Annual statistical returns and brief notes on vaccination in Bengal - 1887-1898
Year: 1887
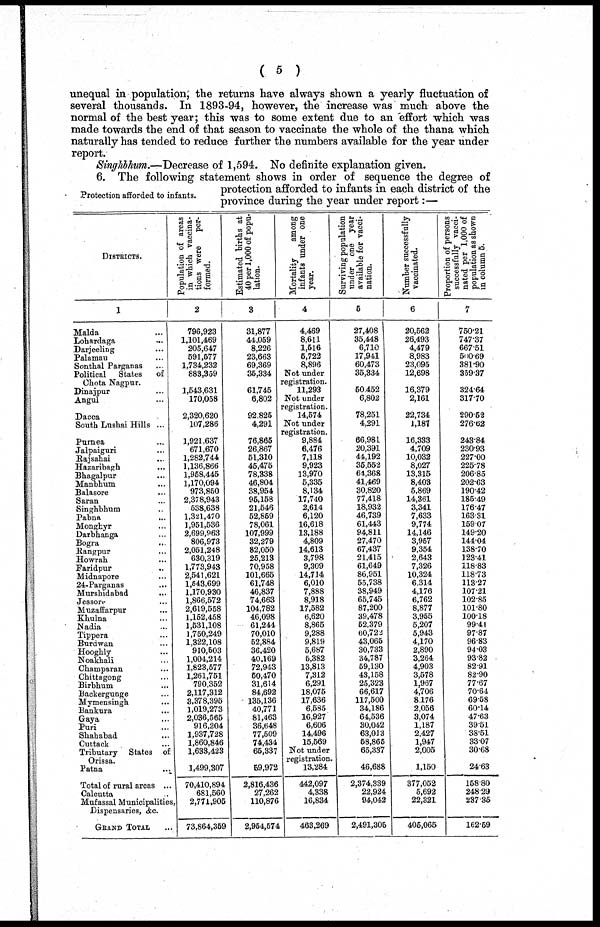
( 5 )
unequal in population, the returns have always shown a yearly fluctuation of
several thousands. In 1893-94, however, the increase was much above the
normal of the best year; this was to some extent due to an effort which was
made towards the end of that season to vaccinate the whole of the thana which
naturally has tended to reduce further the numbers available for the year under
report.
Singhbhum.—Decrease of 1,594. No definite explanation given.
Protection afforded to infants.
6. The following statement shows in order of sequence the degree of
protection afforded to infants in each district of the
province during the year under report:—
DISTRICTS.
1
Malda ...
Lohardaga ...
Darjeeling ...
Palamau ...
Sonthal Parganas ...
Political States
of
Chota Nagpur.
Dinajpur ...
Angul ...
Dacca ...
South Lushai Hills ...
Purnea ...
Jalpaiguri ...
Rajsahai ...
Hazaribagh ...
Bhagalpur ...
Manbhum ...
Balasore ...
Saran ...
Singhbhum ...
Pabna ...
Monghyr ...
Darbhanga ...
Bogra ...
Rangpur ...
Howrah
...
Faridpur ...
Midnapore ...
24-Parganas ...
Murshidabad ...
Jessore ...
Muzaffarpur ...
Khulna ...
Nadia ...
Tippera ...
Burdwan ...
Hooghly ...
Noakhali ...
Champaran ...
Chittagong ...
Birbhum ...
Backergunge ...
Mymensingh ...
Bankura ...
Gaya ...
Puri ...
Shahabad ...
Cuttack ...
Tributary States of
Orissa.
Patna
...
Total of rural areas ...
Calcutta ...
Mufassal Municipalities,
Dispensaries, &c.
GRAND TOTAL ...
Population of areas
in which vaccina-
tions were
per-
formed.
2
796,923
1,101,469
205,647
591,577
1,734,232
883,359
1,543,631
170,058
2,320,620
107,286
1,921,637
671,670
1,282,744
1,136,866
1,958,445
1,170,094
973,850
2,378,943
538,638
1,321,470
1,951,536
2,699,963
806,973
2,051,248
630,319
1,773,943
2,541,621
1,543,699
1,170,930
1,866,572
2,619,558
1,152,458
1,531,108
1,750,249
1,322,108
910,503
1,004,214
1,823,577
1,261,751
790,352
2,117,312
3,378,395
1,019,273
2,036,565
916,204
1,937,728
1,860,846
1,633,423
1,499,307
70,410,894
681,560
2,771,905
73,864,359
Estimated births at
40 per 1,000 of popu-
lation.
3
31,877
44,059
8,226
23,663
69,369
35,334
61,745
6,802
92,825
4,291
76,865
26,867
51,310
45,475
78,338
46,804
38,954
95,158
21,546
52,859
78,061
107,999
32,279
82,050
25,213
70,958
101,665
61,748
46,837
74,663
104,782
46,098
61,244
70,010
52,884
36,420
40,169
72,943
50,470
31,614
84,692
135,136
40,771
81,463
36,648
77,509
74,434
65,337
59,972
2,816,436
27,262
110,876
2,954,574
Mortality
among
infants under one
year.
4
4,469
8,611
1,516
5,722
8,896
Not under
registration.
11,293
Not under
registration.
14,574
Not under
registration.
9,884
6,476
7,118
9,923
13,970
5,335
8,134
17,740
2,614
6,120
16,618
13,188
4,809
14,613
3,798
9,309
14,714
6,010
7,888
8,918
17,582
6,620
8,865
9,288
9,819
5,687
5,382
13,813
7,312
6,291
18,075
17,636
6,585
16,927
6,606
14,496
15,569
Not under
registration.
13,284
442,097
4,338
16,834
463,269
Surviving population
under one year
available for vacci-
nation.
5
27,408
35,448
6,710
17,941
60,473
35,334
50,452
6,802
78,251
4,291
66,981
20,391
44,192
35,552
64,368
41,469
30,820
77,418
18,932
46,739
61,443
94,811
27,470
67,437
21,415
61,649
86,951
55,738
38,949
65,745
87,200
39,478
52,379
60,722
43,065
30,733
34,787
59,130
43,158
25,323
66,617
117,500
34,186
64,536
30,042
63,013
58,865
65,337
46,688
2,374,339
22,924
94,042
2,491,305
Number successfully
vaccinated.
6
20,562
26,493
4,479
8,983
23,095
12,698
16,379
2,161
22,734
1,187
16,333
4,709
10,032
8,027
13,315
8,403
5,869
14,361
3,341
7,633
9,774
14,146
3,957
9,354
2,643
7,326
10,324
6,314
4,176
6,762
8,877
3,955
5,207
5,943
4,170
2,890
3,264
4,903
3,578
1,967
4,706
8,176
2,056
3,074
1,187
2,427
1,947
2,005
1,150
377,052
5,692
22,321
405,065
Proportion of persons
successfully vacci-
nated per 1,000 of
population as shown
in column 5.
7
750.21
747.37
667.51
500.69
381.90
359.37
324.64
317.70
290.52
276.62
243.84
230.93
227.00
225.78
206.85
202.63
190.42
185.49
176.47
163.31
159.07
149.20
144.04
138.70
123.41
118.83
118.73
113.27
107.21
102.85
101.80
100.18
99.41
97.87
96.83
94.03
93.82
82.91
82.90
77.67
70.64
69.58
60.14
47.63
39.51
38.51
33.07
30.68
24.63
158.80
248.29
237.35
162.59